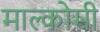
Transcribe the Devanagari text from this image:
माल्कोमी